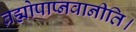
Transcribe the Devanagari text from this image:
ब्रह्मोपाप्नवानीति।